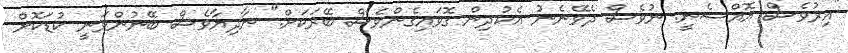
"އިރުވެސް އޮއްސެނީ. ނުވެސް ދެވޭނެނު އެކުދިން ގޮވައިގެންވެސް ބޭރަކަށް." ނާދިޔާވެސް ބޭނުންވަނީ ކުޑަކޮށް